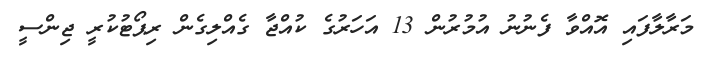
މަރާލާފައި އޮއްވާ ފެނުނު އުމުރުން 13 އަހަރުގެ ކުއްޖާ ގެއްލިގެން ރިޕޯޓުކުރީ ޖިންސީ